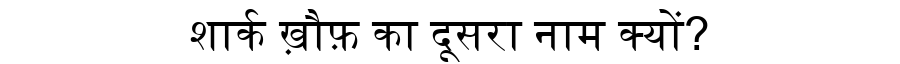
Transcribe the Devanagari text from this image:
शार्क ख़ौफ़ का दूसरा नाम क्यों?